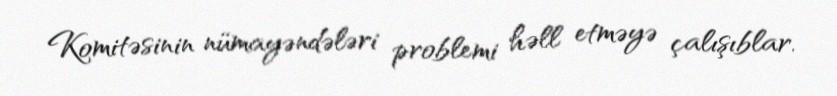
Komitəsinin nümayəndələri problemi həll etməyə çalışıblar.